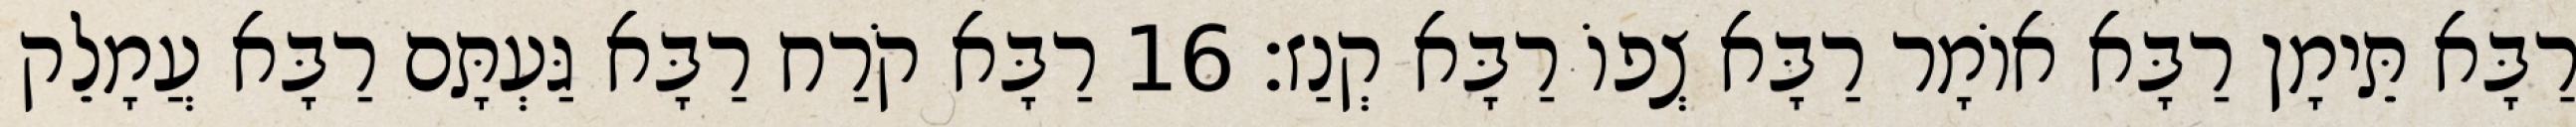
רַבָּא תֵּימָן רַבָּא אוֹמָר רַבָּא צְפוֹ רַבָּא קְנַז׃ 16 רַבָּא קֹרַח רַבָּא גַּעְתָּם רַבָּא עֲמָלֵק